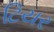
ટિયર